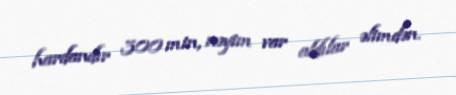
hardandır 300 min, nəyim var aldılar əlimdən.